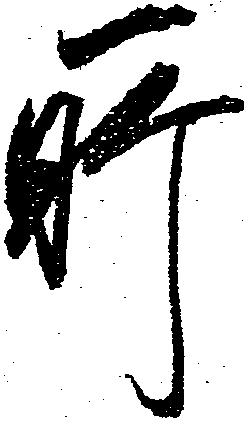
所